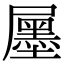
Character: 𡳫